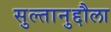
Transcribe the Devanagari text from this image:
सुल्तानुद्दौला